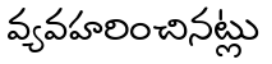
వ్యవహరించినట్లు